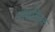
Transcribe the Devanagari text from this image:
सबकिक